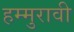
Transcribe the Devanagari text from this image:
हम्मुरावी